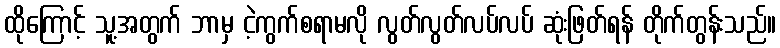
ထိုကြောင့် သူ့အတွက် ဘာမှ ငဲ့ကွက်စရာမလို လွတ်လွတ်လပ်လပ် ဆုံးဖြတ်ရန် တိုက်တွန်းသည်။